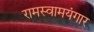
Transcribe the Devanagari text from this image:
रामस्वामयंगार